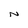
Character: N